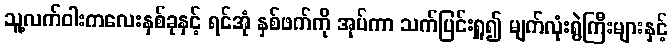
သူ့လက်ဝါးကလေးနှစ်ခုနှင့် ရင်အုံ နှစ်ဖက်ကို အုပ်ကာ သက်ပြင်းရှူ၍ မျက်လုံးရွဲကြီးများနှင့်